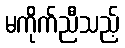
မကိုက်ညီသည့်